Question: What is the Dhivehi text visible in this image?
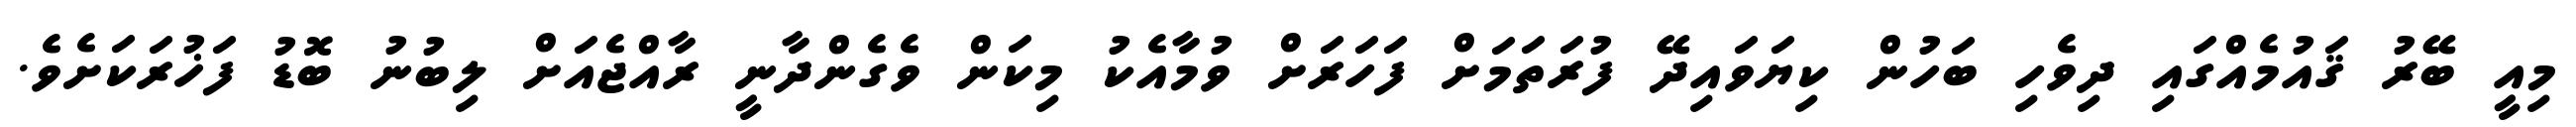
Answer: މިއީ ބޭރު ޤައުމެއްގައި ދިވެހި ބަހުން ކިޔަވައިދޭ ފުރަތަމަށް ފަހަރަށް ވުމާއެކު މިކަން ވެގެންދާނީ ރާއްޖެއަށް ލިބުނު ބޮޑު ފަޚުރަކަށެވެ.